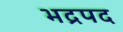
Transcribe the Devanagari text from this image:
भद्रपद